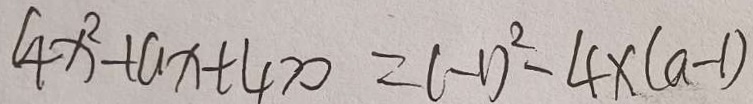
4 x ^ { 2 } + a x + 4 > 0 = ( - 1 ) ^ { 2 } - 4 x ( a - 1 )